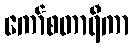
ကော်စတာရီကာ